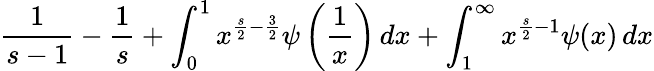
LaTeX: {\frac{1}{s-1}}-{\frac{1}{s}}+\int_{0}^{1}x^{{\frac{s}{2}}-{\frac{3}{2}}}\psi\left({\frac{1}{x}}\right)\, dx+\int_{1}^{\infty}x^{{\frac{s}{2}}-1}\psi(x)\, dx